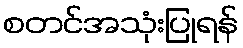
စတင်အသုံးပြုရန်